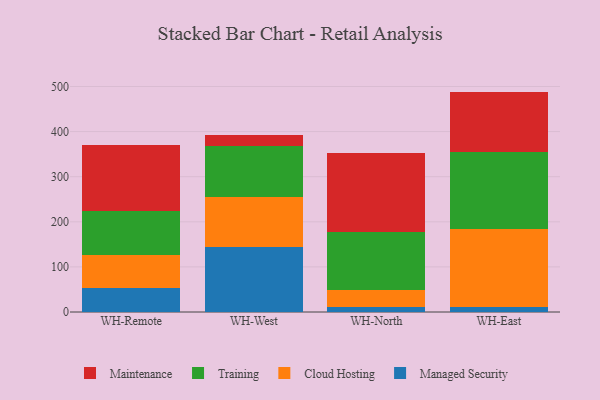
{"axis": {"x": "Warehouse", "y": "Revenue (USD Million)"}, "legend": ["Cloud Hosting", "Maintenance", "Managed Security", "Training"], "data": [{"x": "WH-Remote", "y": 54.3, "type": "Managed Security"}, {"x": "WH-Remote", "y": 71.1, "type": "Cloud Hosting"}, {"x": "WH-Remote", "y": 97.9, "type": "Training"}, {"x": "WH-Remote", "y": 146.0, "type": "Maintenance"}, {"x": "WH-West", "y": 144.9, "type": "Managed Security"}, {"x": "WH-West", "y": 110.9, "type": "Cloud Hosting"}, {"x": "WH-West", "y": 112.1, "type": "Training"}, {"x": "WH-West", "y": 24.0, "type": "Maintenance"}, {"x": "WH-North", "y": 10.9, "type": "Managed Security"}, {"x": "WH-North", "y": 37.4, "type": "Cloud Hosting"}, {"x": "WH-North", "y": 128.0, "type": "Training"}, {"x": "WH-North", "y": 177.1, "type": "Maintenance"}, {"x": "WH-East", "y": 10.4, "type": "Managed Security"}, {"x": "WH-East", "y": 174.4, "type": "Cloud Hosting"}, {"x": "WH-East", "y": 169.6, "type": "Training"}, {"x": "WH-East", "y": 134.3, "type": "Maintenance"}]}